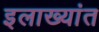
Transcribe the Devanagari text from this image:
इलाख्यांत